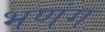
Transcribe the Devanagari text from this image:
भणंग